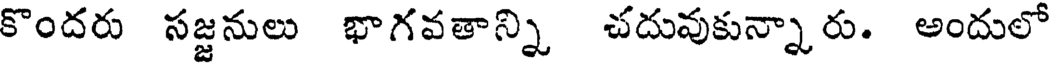
కొందరు సజ్జనులు భాగవతాన్ని చదువుకున్నారు. అందులో